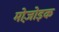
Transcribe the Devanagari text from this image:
मोज़ोइक